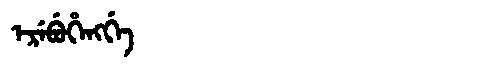
Manchu: ᡝᡵᡝᠪᡠᡥᡝᠩᡤᡝ
Romanization: EREBUHENGGE